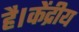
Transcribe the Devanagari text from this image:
है।केंद्रीय